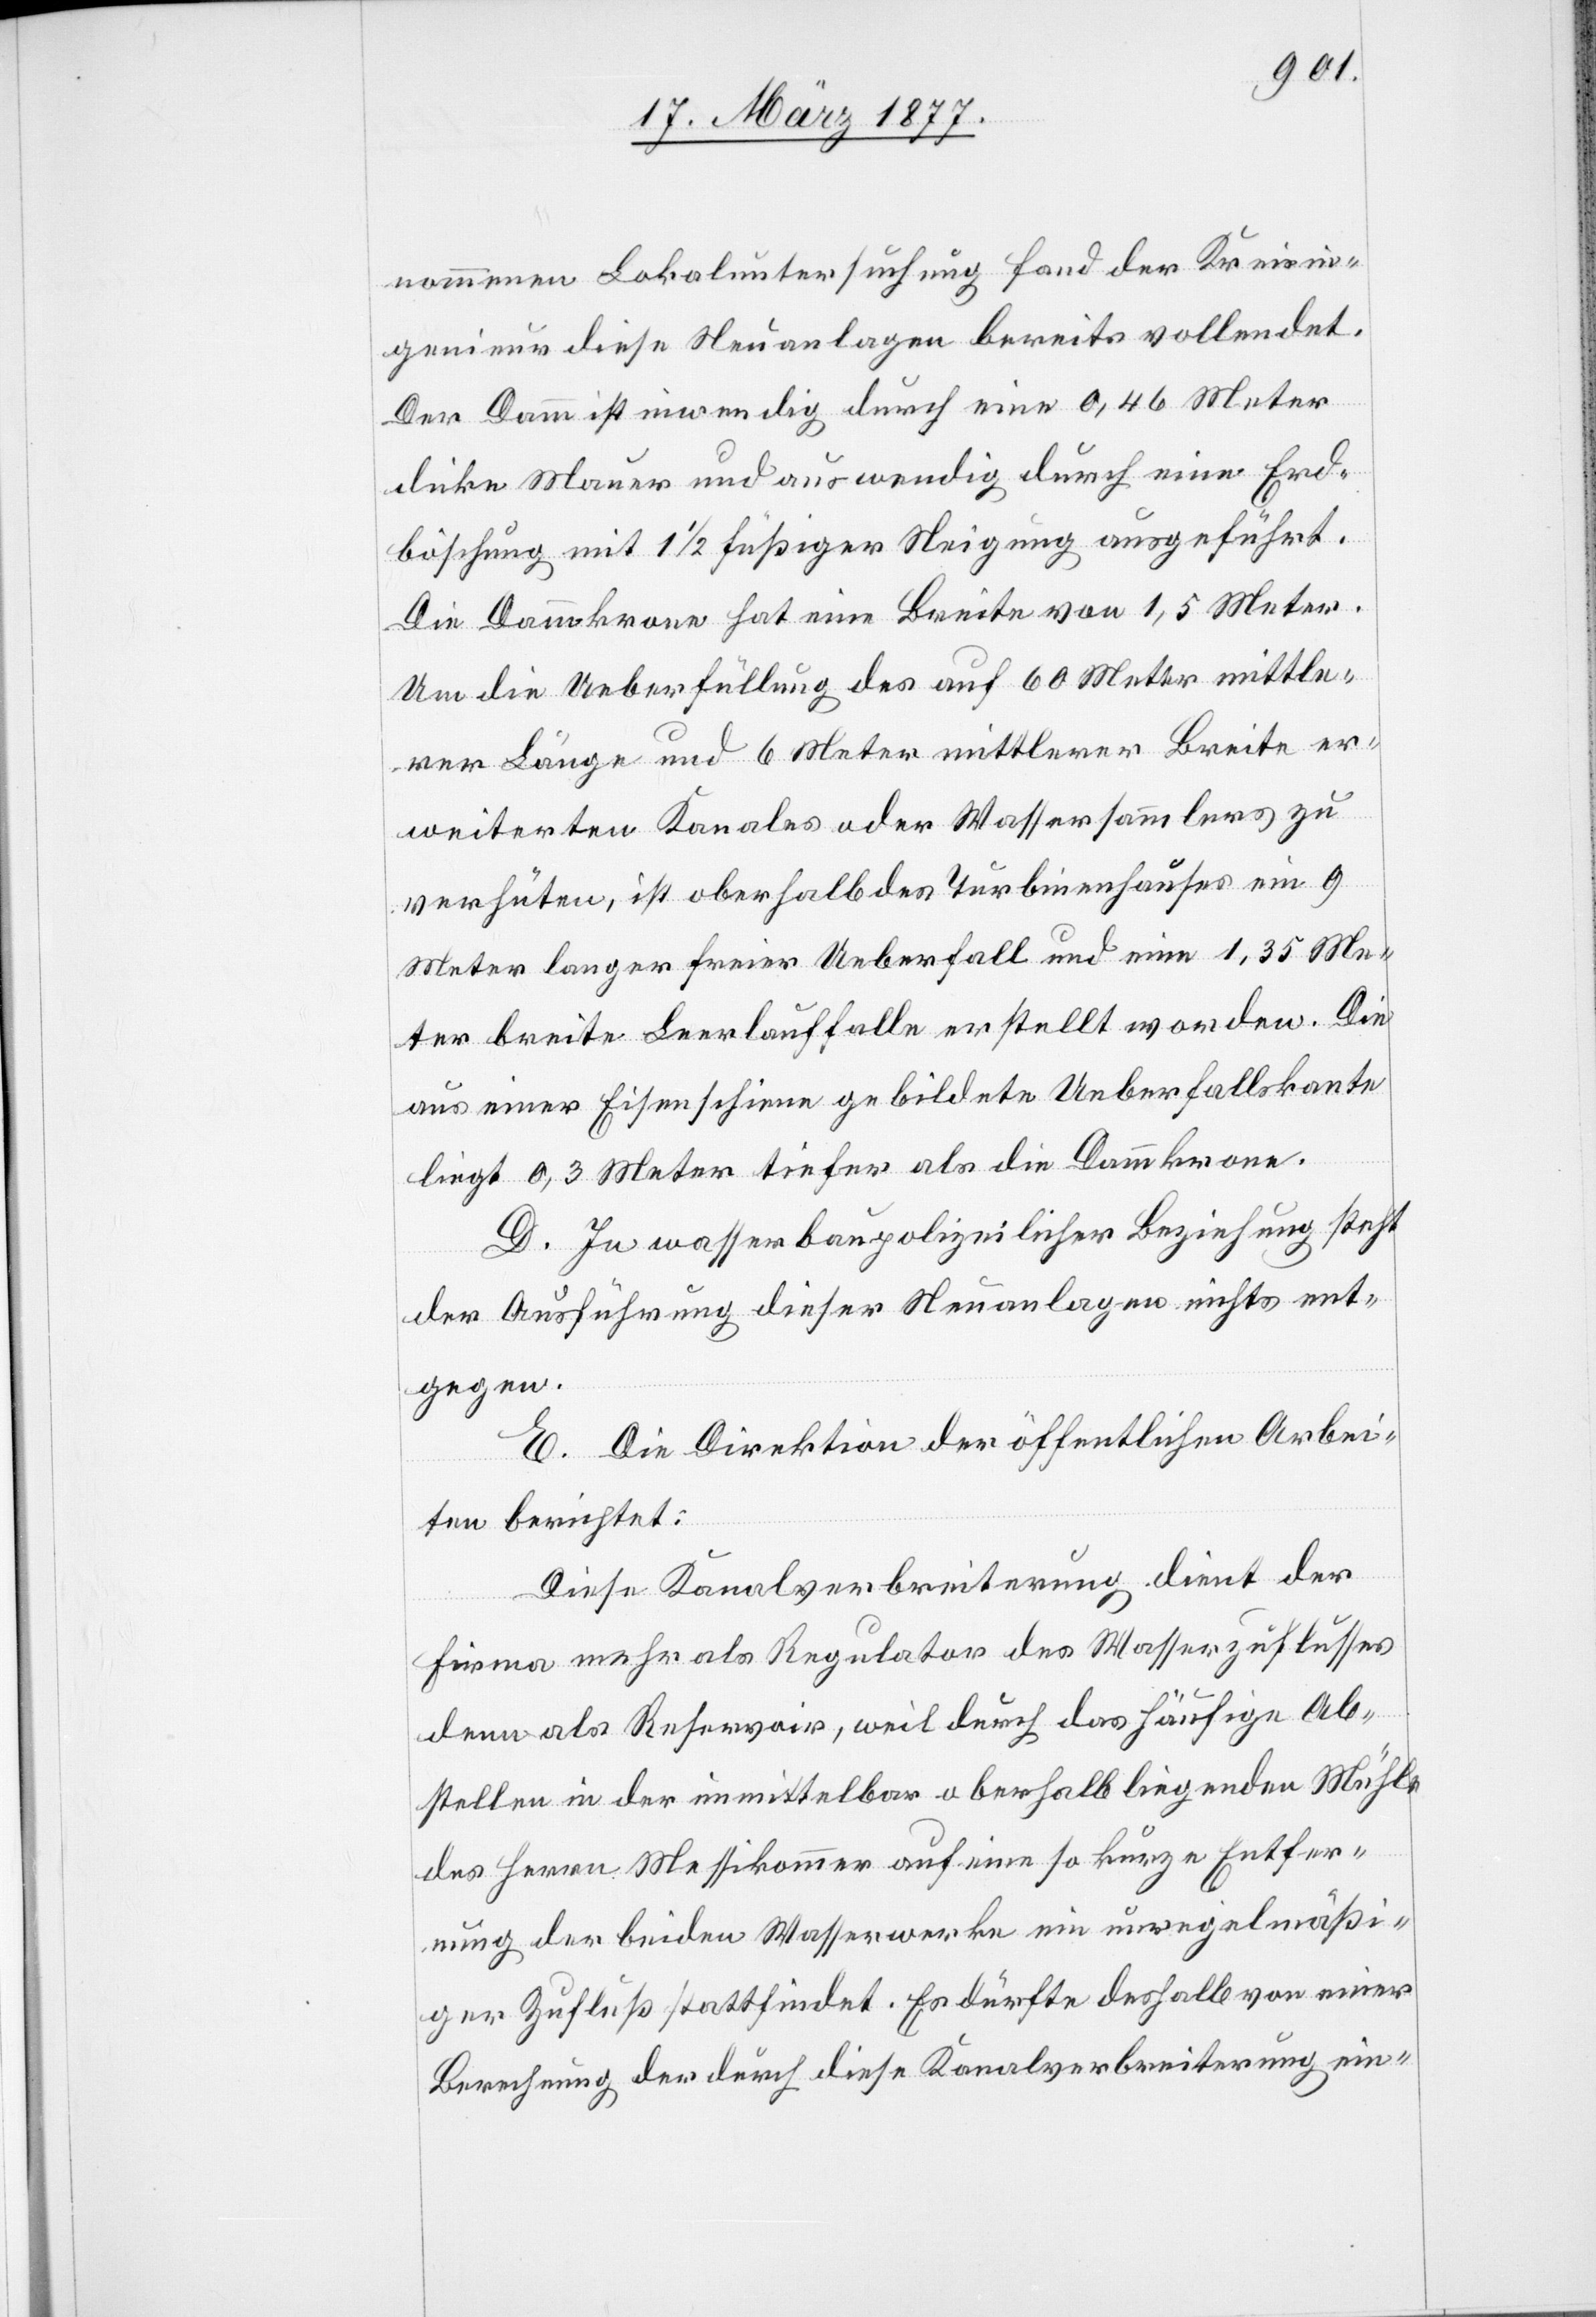
nommenen Lokaluntersuchung fand der Kreisin¬
genieur diese Neuanlagen bereits vollendet.
Der Damm ist inwendig durch eine 0,46 Meter
dicke Mauer und auswendig durch eine Erd¬
böschung mit 1 1/2 füßiger Neigung ausgeführt.
Die Dammkrone hat eine Breite von 1,5 Meter.
Um die Ueberfüllung des auf 60 Meter mittle¬
rer Länge und 6 Meter mittlerer Breite er¬
weiterten Kanales oder Wassersammlers zu
verhüten, ist oberhalb des Turbinenhauses ein 9
Meter langer freier Ueberfall und eine 1,35 Me¬
ter breite Leerlauffalle erstellt worden. Die
aus einer Eisenschiene gebildete Ueberfallskante
liegt 0,3 Meter tiefer als die Dammkrone.
D. In wasserbaupolizeilicher Beziehung steht
der Ausführung dieser Neuanlagen nichts ent¬
gegen.
E. Die Direktion der öffentlichen Arbei¬
ten berichtet:
Diese Kanalverbreiterung dient der
Firma mehr als Regulator des Wasserzuflusses
denn als Reservoir, weil durch das häufige Ab¬
stellen in der unmittelbar oberhalb liegenden Mühle
des Herrn Messikommer auf eine so kurze Entfer¬
nung der beiden Wasserwerke ein unregelmäßi¬
ger Zufluß stattfindet. Es dürfte deshalb von einer
Berechnung der durch diese Kanalverbreiterung ein-